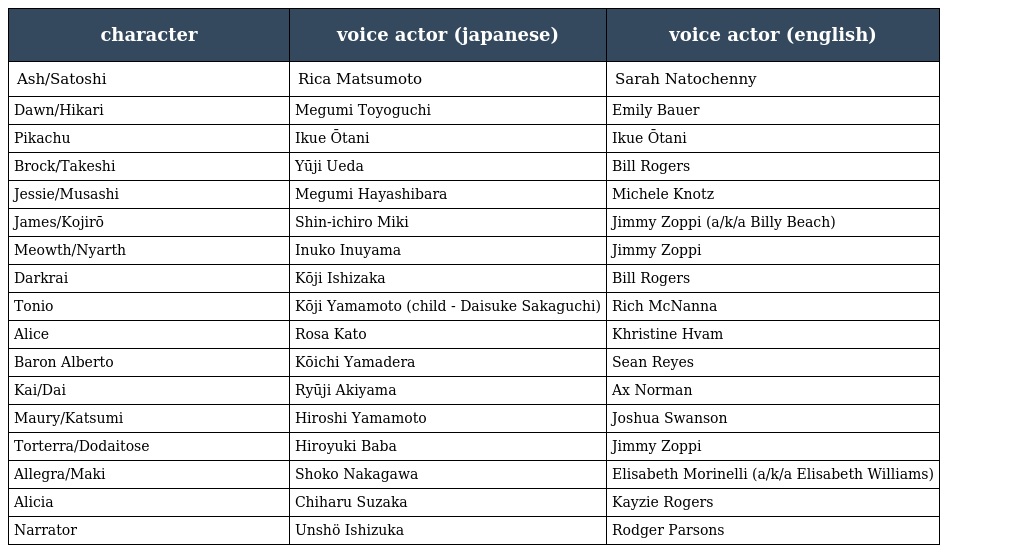
| character | voice actor (japanese) | voice actor (english) |
 | --- | --- | --- |
 | Ash/Satoshi | Rica Matsumoto | Sarah Natochenny |
 | Dawn/Hikari | Megumi Toyoguchi | Emily Bauer |
 | Pikachu | Ikue Ōtani | Ikue Ōtani |
 | Brock/Takeshi | Yūji Ueda | Bill Rogers |
 | Jessie/Musashi | Megumi Hayashibara | Michele Knotz |
 | James/Kojirō | Shin-ichiro Miki | Jimmy Zoppi (a/k/a Billy Beach) |
 | Meowth/Nyarth | Inuko Inuyama | Jimmy Zoppi |
 | Darkrai | Kōji Ishizaka | Bill Rogers |
 | Tonio | Kōji Yamamoto (child - Daisuke Sakaguchi) | Rich McNanna |
 | Alice | Rosa Kato | Khristine Hvam |
 | Baron Alberto | Kōichi Yamadera | Sean Reyes |
 | Kai/Dai | Ryūji Akiyama | Ax Norman |
 | Maury/Katsumi | Hiroshi Yamamoto | Joshua Swanson |
 | Torterra/Dodaitose | Hiroyuki Baba | Jimmy Zoppi |
 | Allegra/Maki | Shoko Nakagawa | Elisabeth Morinelli (a/k/a Elisabeth Williams) |
 | Alicia | Chiharu Suzaka | Kayzie Rogers |
 | Narrator | Unshö Ishizuka | Rodger Parsons |